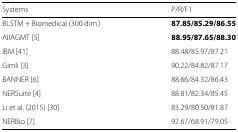
| Systems | P/R/F1 |
 | --- | --- |
 | BLSTM + Biomedical (300 dim.) | 87.85/85.29/86.55 |
 | AIIAGMT [5] | 88.95/87.65/88.30 |
 | IBM [41] | 88.48/85.97/87.21 |
 | Gimli [3] | 90.22/84.82/87.17 |
 | BANNER [6] | 88.66/84.32/86.43 |
 | NERSuite [4] | 88.81/82.34/85.45 |
 | Li et al. (2015) [30] | 83.29/80.50/81.87 |
 | NERBio [7] | 92.67/68.91/79.05 |